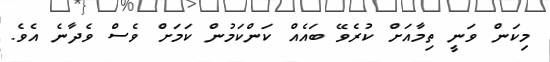
މިކަން ވަނީ ތިމާއަށް ކުރެވޭ ބައެއް ކަންކަމުން ކަމަށް ވެސް ވެދާނެ އެވެ.